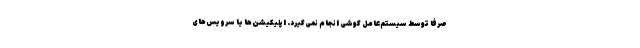
صرفا توسط سیستم‌عامل گوشی انجام نمی‌گیرد. اپلیکیشن‌ها یا سرویس‌های